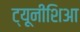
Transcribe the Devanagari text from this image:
ट्यूनीशिआ